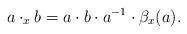
LaTeX: \begin{align*}a\cdot_x b = a\cdot b \cdot a^{-1} \cdot \beta_x(a).\end{align*}